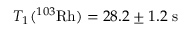
T _ { 1 } ( ^ { 1 0 3 } \mathrm { R h } ) = 2 8 . 2 \pm 1 . 2 \mathrm { \ s }